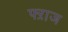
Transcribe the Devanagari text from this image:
फ्ऱाज